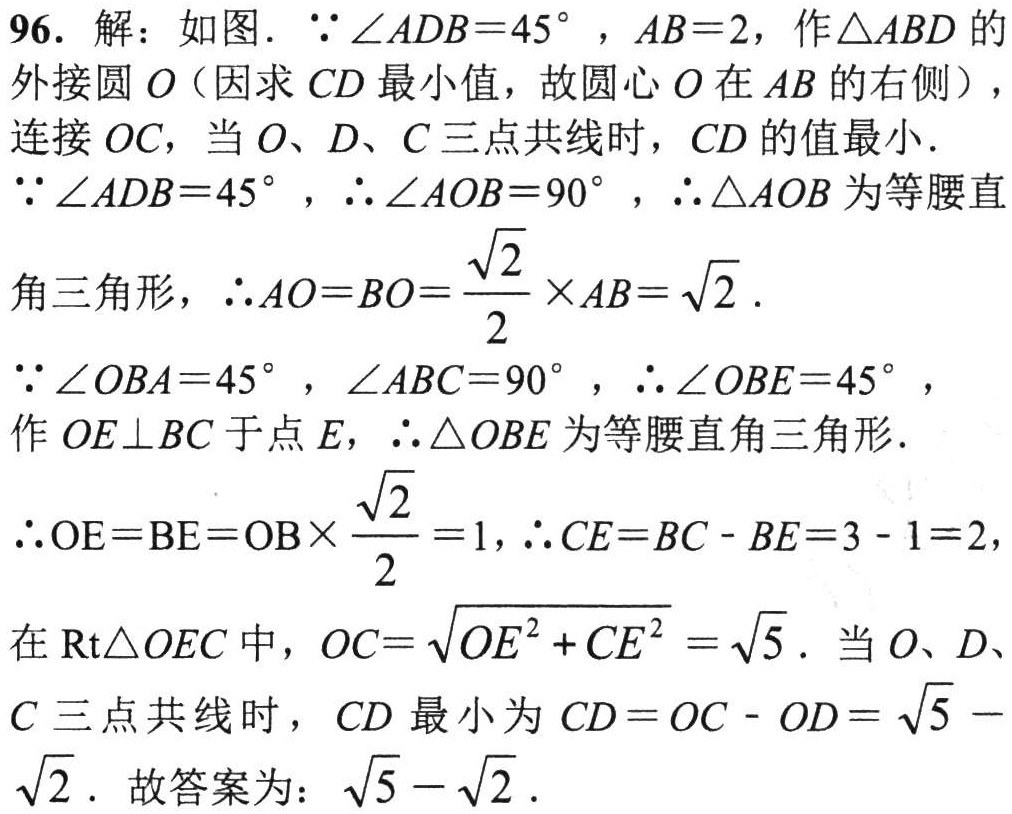
96. 解：如图.  \(\because\angle ADB = 45^{\circ}\) ，\(AB = 2\)，作\(\triangle ABD\)的外接圆\(O\)（因求\(CD\)最小值，故圆心\(O\)在\(AB\)的右侧），连接\(OC\)，当\(O\)、\(D\)、\(C\)三点共线时，\(CD\)的值最小.
\(\because\angle ADB = 45^{\circ}\)，\(\therefore\angle AOB = 90^{\circ}\)，\(\therefore\triangle AOB\)为等腰直角三角形，\(\therefore AO=BO=\frac{\sqrt{2}}{2}\times AB=\sqrt{2}\).
\(\because\angle OBA = 45^{\circ}\)，\(\angle ABC = 90^{\circ}\)，\(\therefore\angle OBE = 45^{\circ}\)，作\(OE\perp BC\)于点\(E\)，\(\therefore\triangle OBE\)为等腰直角三角形.
\(\therefore OE = BE=OB\times\frac{\sqrt{2}}{2}=1\)，\(\therefore CE = BC - BE = 3 - 1 = 2\)，
在\(\text{Rt}\triangle OEC\)中，\(OC=\sqrt{OE^{2}+CE^{2}}=\sqrt{5}\). 当\(O\)、\(D\)、\(C\)三点共线时，\(CD\)最小为\(CD = OC - OD=\sqrt{5}-\sqrt{2}\). 故答案为：\(\sqrt{5}-\sqrt{2}\).